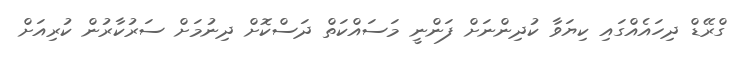
ގްރޭޑް ދިހައެއްގައި ކިޔަވާ ކުދިންނަށް ފަންނީ މަސައްކަތް ދަސްކޮށް ދިނުމަށް ސަރުކާރުން ކުރިއަށް